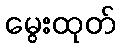
မွေးထုတ်